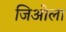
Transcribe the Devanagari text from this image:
जिओला